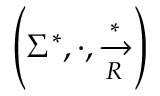
\left( \Sigma ^ { * } , \cdot , { \xrightarrow [ { R } ] { * } } \right)